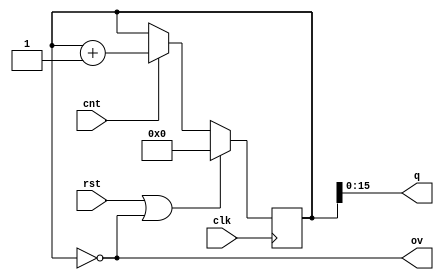
module v8d4ef5_vbd6086 #(
 parameter M = 0
) (
 input clk,
 input rst,
 input cnt,
 output [15:0] q,
 output ov
);
 localparam N = 16; 
 reg [N:0] qi = 0;
 always @(posedge clk)
   if (rst | ov)
     qi <= 0;
   else
     if (cnt)
       qi <= qi + 1;
 assign q = qi;
 assign ov = (qi == M);
endmodule